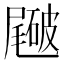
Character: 𥖑